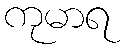
ကုမာရ